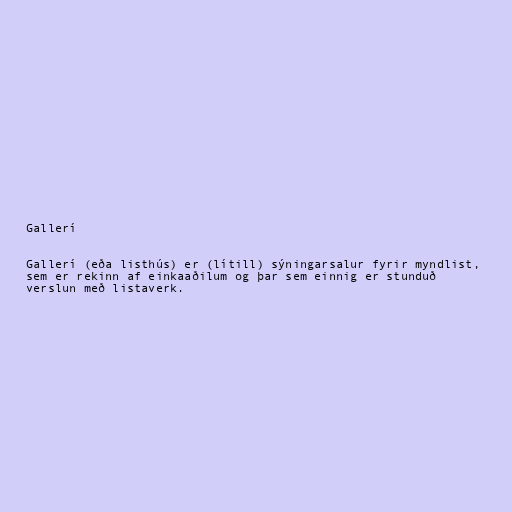
Gallerí

Gallerí (eða listhús) er (lítill) sýningarsalur fyrir myndlist,
sem er rekinn af einkaaðilum og þar sem einnig er stunduð
verslun með listaverk.